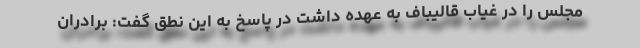
مجلس را در غیاب قالیباف به عهده داشت در پاسخ به این نطق گفت: برادران